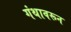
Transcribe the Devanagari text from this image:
गंथावरून